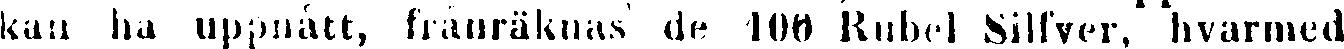
kan ha uppnått, frånräklias de 100 Rubel Silfver, hvarmed